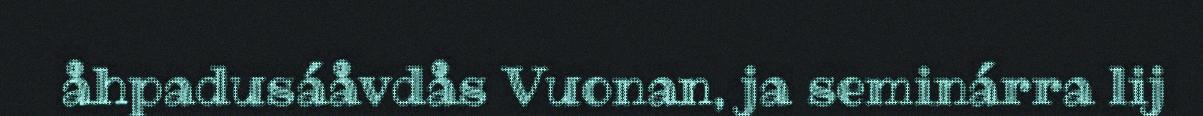
åhpadusáåvdås Vuonan, ja seminárra lij